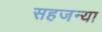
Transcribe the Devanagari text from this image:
सहजन्या